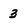
Character: 3